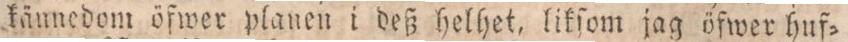
käunedom öfwer planen i deß helhet, likſom jag öfwer huf=